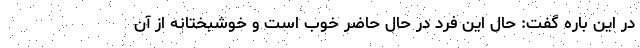
در این باره گفت: حال این فرد در حال حاضر خوب است و خوشبختانه از آن